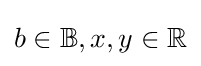
b\in {\mathbb {B} },x,y\in {\mathbb {R} }